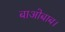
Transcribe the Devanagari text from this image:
बाओबाब।